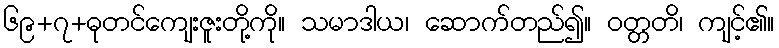
၆၉+၇+ဓုတင်ကျေးဇူးတို့ကို။ သမာဒါယ၊ ဆောက်တည်၍။ ဝတ္တတိ၊ ကျင့်၏။